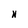
Character: H